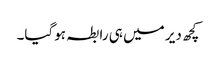
کچھ دیر میں ہی رابطہ ہوگیا۔